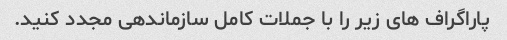
پاراگراف های زیر را با جملات کامل سازماندهی مجدد کنید.